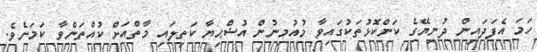
ހަމަ އެފަދައިން ދުނިޔޭގެ ކަންކޮޅުތަކުގައިވާ މުއުމިނުން އުޟްޙިޔާ ކަތިލައި މާތްއަށް ކުއްތަންވާ ކަމަށެވެ.